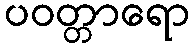
ပဝတ္တာရော